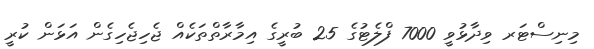
މިނިސްޓަރ ވިދާޅުވީ 7000 ފްލެޓުގެ 25 ބުރީގެ އިމާރާތްތަކެއް ޖެހިޖެހިގެން އަޅަން ކުރީ